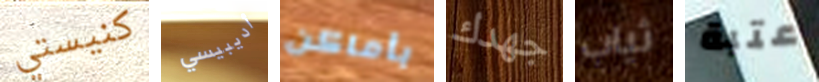
كنيستي أديبيسي بأماكن جهدك ثياب عتبة